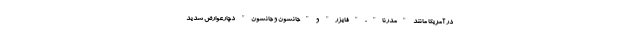
در آمریکا مانند "مدرنا"، "فایزر" و "جانسون و جانسون" دچارعوارض شدید